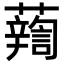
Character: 𧃈